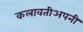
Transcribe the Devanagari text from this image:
कलावतीअपनी